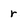
Character: r